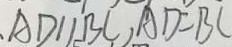
A D / / B C , A D = B C